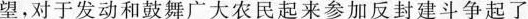
望，对于发动和鼓舞广大农民起来参加反封建斗争起了